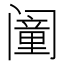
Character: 𬮸